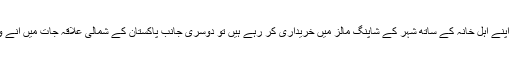
ایک طرف پاکستان میں کام کرنے والے چینی انجینئرز اپنے اہل خانہ کے ساتھ شہر کے شاپنگ مالز میں خریداری کر رہے ہیں تو دوسری جانب پاکستان کے شمالی علاقہ جات میں آنے والے چینی سیاحوں کی تعداد میں بھی اضافہ ہو رہا ہے۔